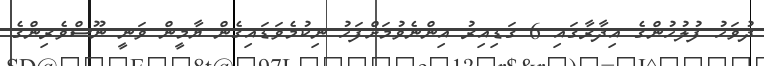
ދުވަހު ފުލުހުންގެ އިދާރާގައި 6 ގަޑިއިރު އިންނެވުމަށްފަހު ނިކުމެވަޑައިގެން ޔާމީން ވަނީ ނޫސްވެރިންގެ